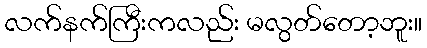
လက်နက်ကြီးကလည်း မလွတ်တော့ဘူး။